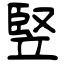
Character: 竪